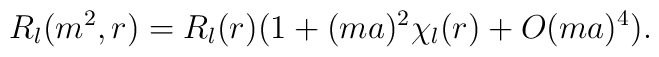
R_l(m^2,r) = R_l(r) (1 + (ma)^2 \chi_l(r) + O(ma)^4).